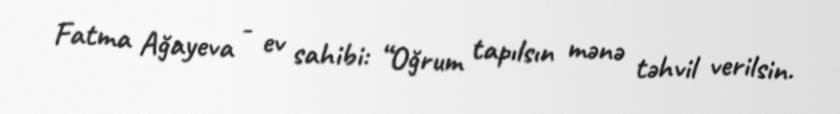
Fatma Ağayeva - ev sahibi: “Oğrum tapılsın mənə təhvil verilsin.